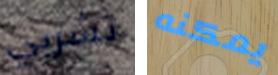
تشربي يمكنه